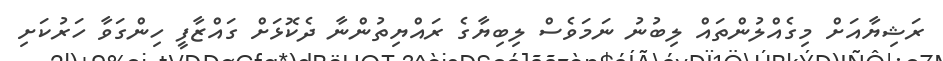
ރަޝިޔާއަށް މިގެއްލުންތައް ލިބުނު ނަމަވެސް ލިބިޔާގެ ރައްޔިތުންނާ ދެކޮޅަށް ގައްޒާފީ ހިންގަވާ ހަރުކަށި